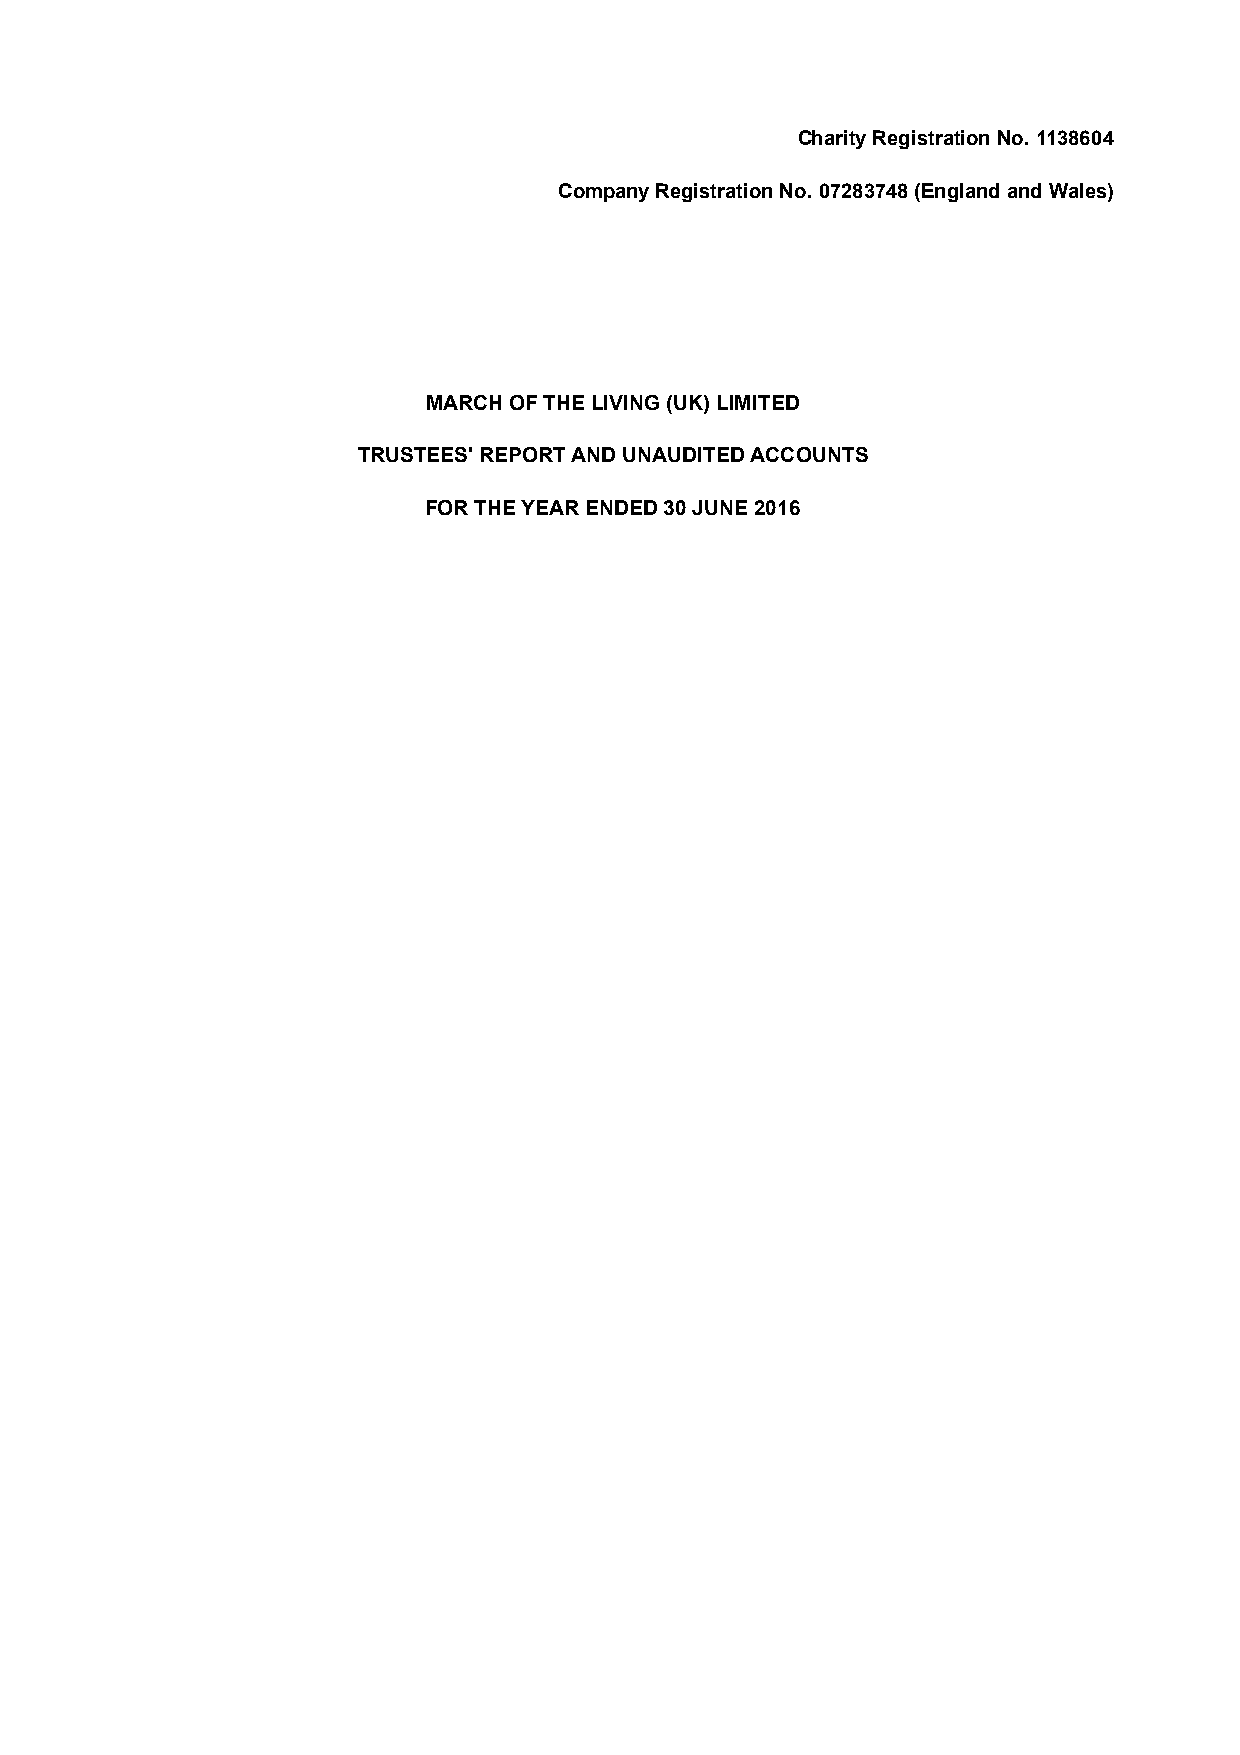
Charity Registration No. 1138604
 Company Registration No. 07283748 (England and Wales)
 MARCH OF THE LIVING (UK) LIMITED
 TRUSTEES' REPORT AND UNAUDITED ACCOUNTS
 FOR THE YEAR ENDED 30 JUNE 2016